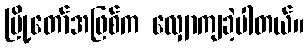
မြို့တော်အဖြစ်က လျှောကျခဲ့ပါတယ်။